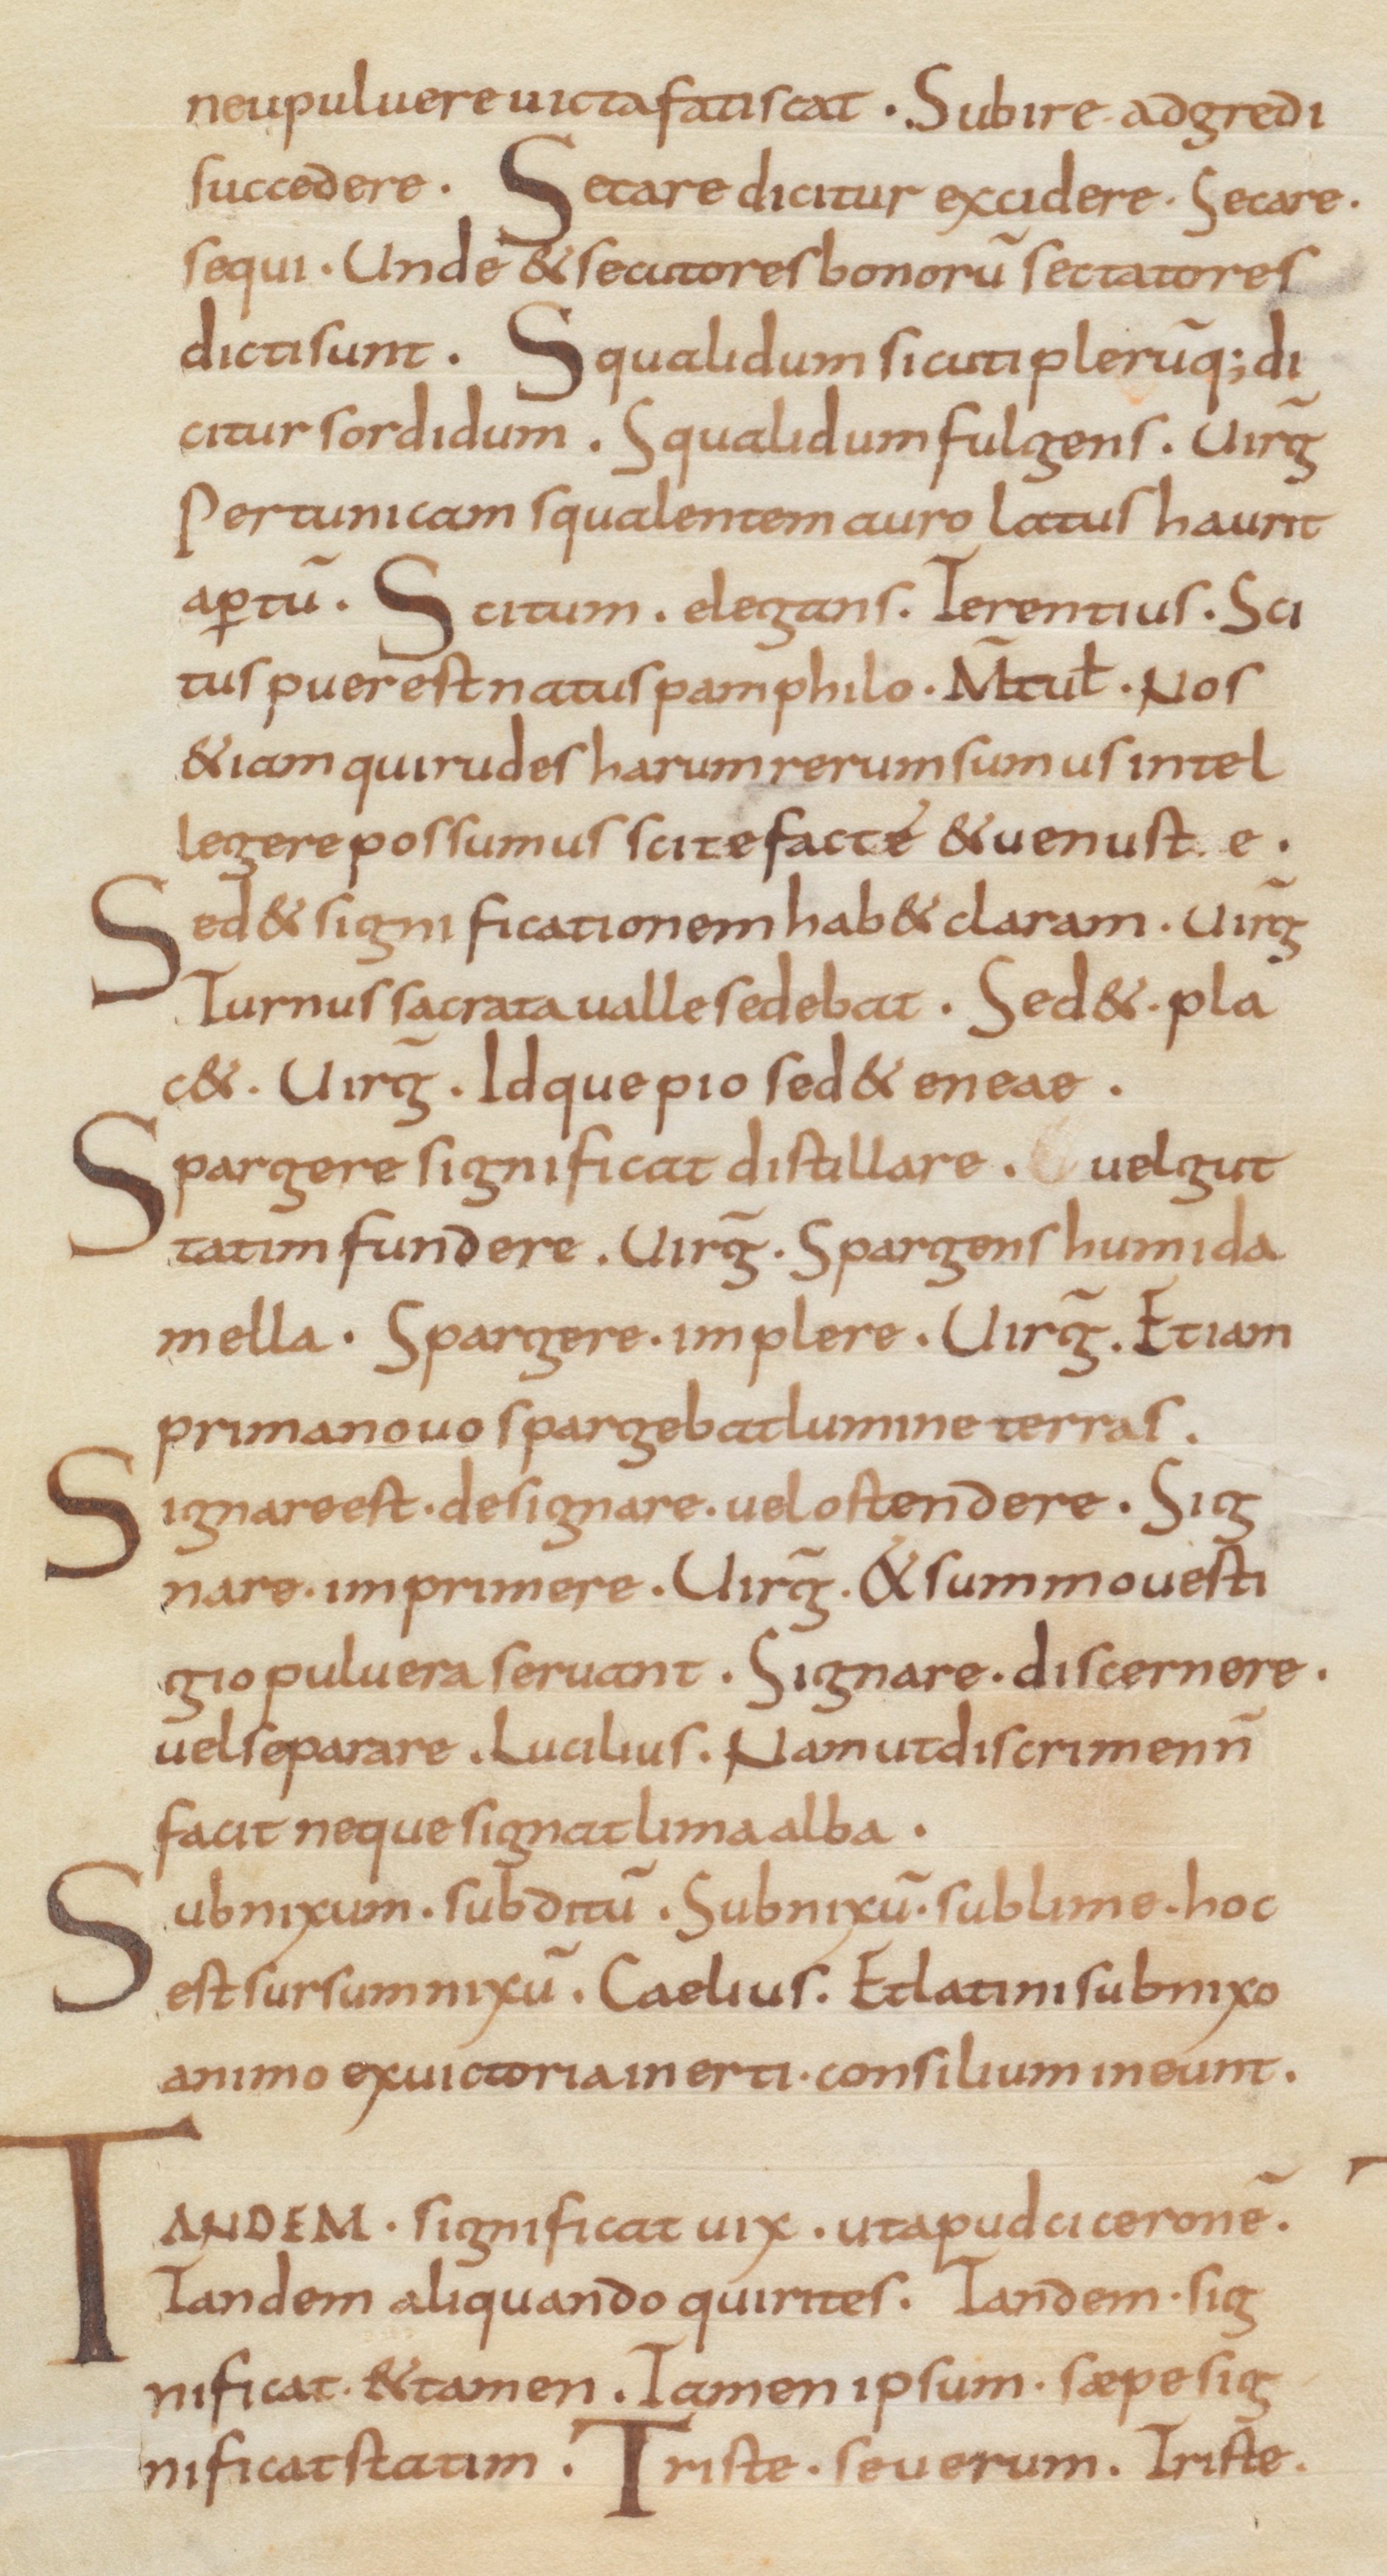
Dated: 850–899